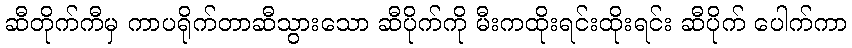
ဆီတိုက်ကီမှ ကာပရိုက်တာဆီသွားသော ဆီပိုက်ကို မီးကထိုးရင်းထိုးရင်း ဆီပိုက် ပေါက်ကာ